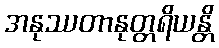
အနုဿတာနုတ္တရိယန္တိ